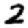
Digit: 2